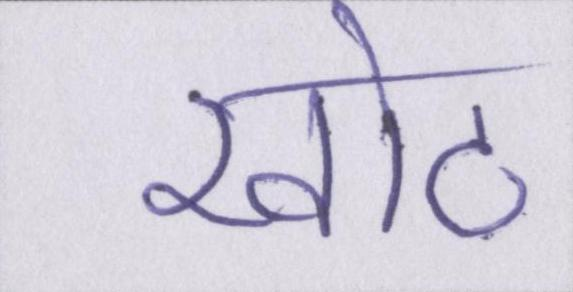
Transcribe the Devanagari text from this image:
खोट